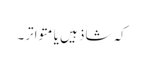
کہ شاذ ہیں یا متواتر۔